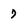
Character: 7